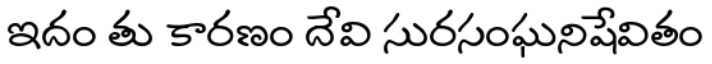
ఇదం తు కారణం దేవి సురసంఘనిషేవితం